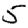
Digit: 5